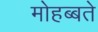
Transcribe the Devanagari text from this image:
मोहब्बते